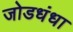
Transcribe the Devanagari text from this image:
जोडधंधा